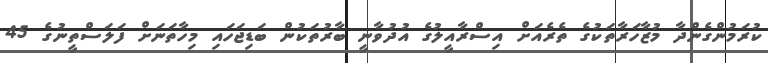
ކުރަމުންގެންދާ މުޒާހަރާތަކުގެ ތެރެއަށް އިސްރާއީލުގެ އުދުވާނީ ބާރުތަކުން ބަޑިޖަހައި މިހާތަނަށް ފަލަސްތީނުގެ 45